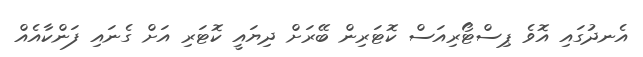
އެނދުގައި އޮވެ ޕިސްޓޯރިއަސް ކޮޓަރިން ބޭރަށް ދިޔައީ ކޮޓަރި އަށް ގެނައި ފަންކާއެއް